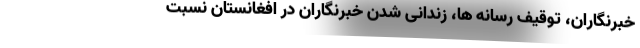
خبرنگاران، توقیف رسانه ها، زندانی شدن خبرنگاران در افغانستان نسبت